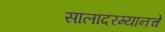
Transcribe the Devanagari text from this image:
सालादरम्यानचे